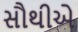
સૌથીએ